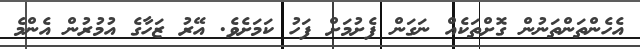
އެހެންތަންތަނުން ގޮށްތަކެއް ނަގަން ފެށުމަށް ފަހު ކަމަށެވެ. އޭރު ޒަހާގެ އުމުރުން އެންމެ